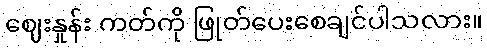
ဈေးနှုန်း ကတ်ကို ဖြုတ်ပေးစေချင်ပါသလား။